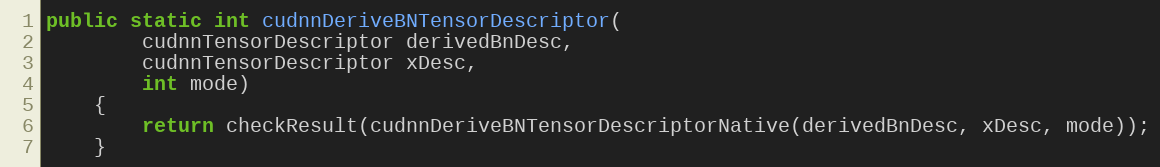
Language: Java
public static int cudnnDeriveBNTensorDescriptor(
        cudnnTensorDescriptor derivedBnDesc,
        cudnnTensorDescriptor xDesc,
        int mode)
    {
        return checkResult(cudnnDeriveBNTensorDescriptorNative(derivedBnDesc, xDesc, mode));
    }